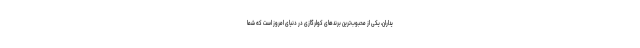
یداران، یکی از محبوب‌ترین برندهای کولرگازی در دنیای امروز است که شما